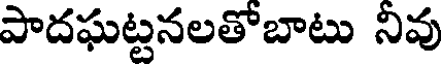
పాదఘట్టనలతోబాటు నివు